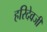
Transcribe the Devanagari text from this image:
हरिदेवजी